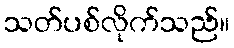
သတ်ပစ်လိုက်သည်။